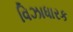
વિઝાધારક